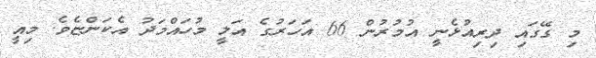
މި ގޭގައި ދިރިއުޅެނީ އުމުރުން 66 އަހަރުގެ އަލީ މުހައްމަދު އެކަންޏެވެ. މިއީ